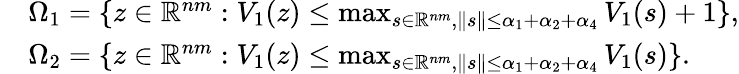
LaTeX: \begin{array}{rl}&{\Omega_{1}=\{ z\in\mathbb{R}^{nm}:V_{1}(z)\leq\operatorname*{max}_{s\in\mathbb{R}^{nm},\| s\| \leq\alpha_{1}+\alpha_{2}+\alpha_{4}}V_{1}(s)+1\} ,}\\ &{\Omega_{2}=\{ z\in\mathbb{R}^{nm}:V_{1}(z)\leq\operatorname*{max}_{s\in\mathbb{R}^{nm},\| s\| \leq\alpha_{1}+\alpha_{2}+\alpha_{4}}V_{1}(s)\} .}\end{array}